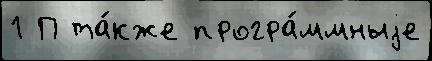
1 П та́кже програ́ммныjе